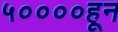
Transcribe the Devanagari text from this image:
५००००हून